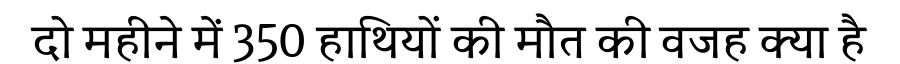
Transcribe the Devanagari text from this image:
दो महीने में 350 हाथियों की मौत की वजह क्या है